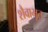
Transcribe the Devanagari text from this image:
शैवाभूत